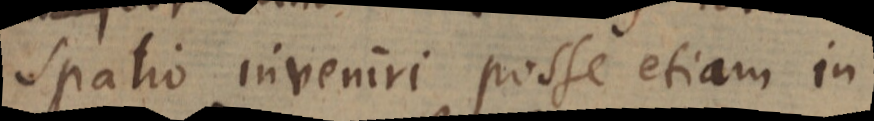
spatio inveniri posse etiam in